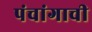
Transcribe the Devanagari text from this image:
पंचांगाची